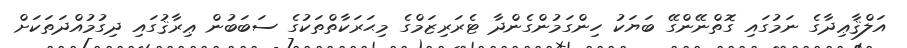
އަލްޤާޢިދާގެ ނަމުގައި ގޮތްނޭންގޭ ބަޔަކު ހިންގަމުންގެންދާ ޓެރަރިޒަމްގެ މިޙަރަކާތްތަކުގެ ސަބަބުން ޢިރާޤުގައި ދިގުމުއްދަތަކަށް